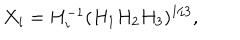
X _ { i } = H _ { i } ^ { - 1 } ( H _ { 1 } H _ { 2 } H _ { 3 } ) ^ { 1 / 3 } ,